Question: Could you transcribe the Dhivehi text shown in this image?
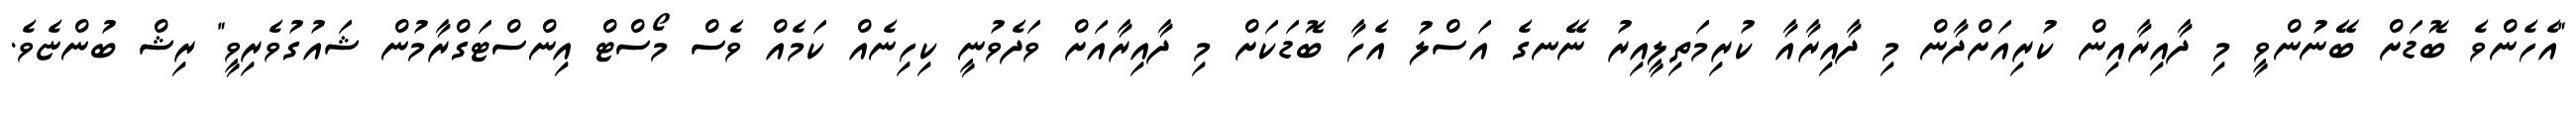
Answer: "އެހެންވެ ބޮޑަށް ބޭނުންވީ މި ދާއިރާއިން ކުރިއަށްދާން މި ދާއިރާއާ ކުރިމަތިލީއިރު ނޭނގެ އަސްލު އެހާ ބޮޑަކަށް މި ދާއިރާއަށް ވަދެވުނީ ކިހިނެއް ކަމެއް ވެސް މޯސްޓް އިންސްޓަގްރާމުން ޝައުގުވެރިވީ" ރިޝް ބުންޏެވެ.